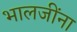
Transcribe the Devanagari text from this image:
भालजींना